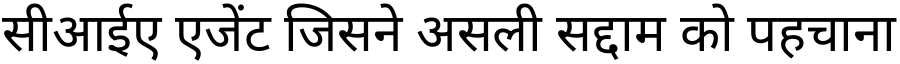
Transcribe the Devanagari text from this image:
सीआईए एजेंट जिसने असली सद्दाम को पहचाना